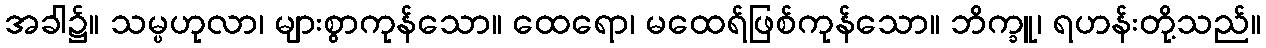
အခါ၌။ သမ္ပဟုလာ၊ များစွာကုန်သော။ ထေရော၊ မထေရ်ဖြစ်ကုန်သော။ ဘိက္ခူ၊ ရဟန်းတို့သည်။